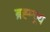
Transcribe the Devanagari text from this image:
ब्रह्म्च्र्य